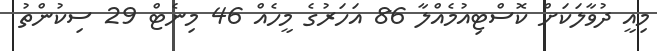
މިއީ ދުވާލަކަށް ކޮސްޓިއުމެއްލާ 86 އަހަރުގެ މީހެއް 46 މިނެޓް 29 ސިކުންތު